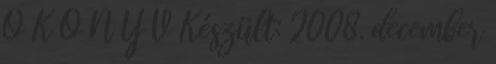
Ő K Ö N Y V Készült: 2008. december